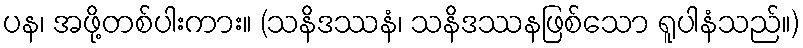
ပန၊ အဖို့တစ်ပါးကား။ (သနိဒဿနံ၊ သနိဒဿနဖြစ်သော ရူပါနံသည်။)